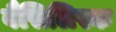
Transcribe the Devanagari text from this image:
बैसिलिस्क